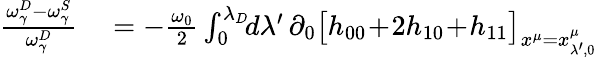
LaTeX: \begin{array}{rl}{\frac{\omega_{\gamma}^{D}-\omega_{\gamma}^{S}}{\omega_{\gamma}^{D}}}&{{}=-\frac{\omega_{0}}{2}\int_{0}^{\lambda_{D}}\! \! d\lambda^{\prime}\, \partial_{0}\big[h_{00}\! +\! 2h_{10}\! +\! h_{11}\big]_{x^{\mu}=x_{\lambda^{\prime},0}^{\mu}}}\end{array}